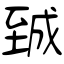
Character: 臹